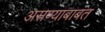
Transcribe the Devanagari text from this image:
असण्याबाबत